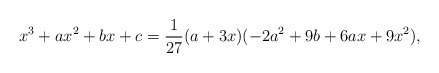
\begin{align*}x^3 + a x^2 + b x + c=\frac{1}{27} (a + 3 x) (-2 a^2 + 9 b + 6 a x + 9 x^2),\end{align*}